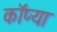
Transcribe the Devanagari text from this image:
कॉप्या